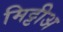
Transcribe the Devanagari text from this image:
मिट्टीअ